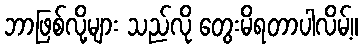
ဘာဖြစ်လို့များ သည်လို တွေးမိရတာပါလိမ့်။